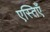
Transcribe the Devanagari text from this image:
एस्तिएँ